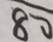
8 0